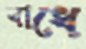
বাধে